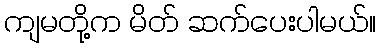
ကျမတို့က မိတ် ဆက်ပေးပါမယ်။